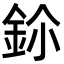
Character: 鉩